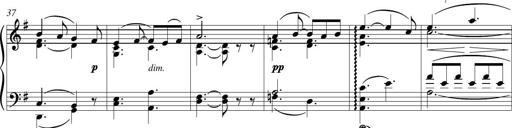
Title: Piano Sonatina in G major
Composer: Johan Peter Emilius Hartmann
Key: G major